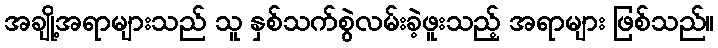
အချို့အရာများသည် သူ နှစ်သက်စွဲလမ်းခဲ့ဖူးသည့် အရာများ ဖြစ်သည်။